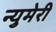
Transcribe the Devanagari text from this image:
न्युमेरी